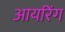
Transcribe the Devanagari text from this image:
आयरिंग